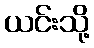
ယင်းသို့